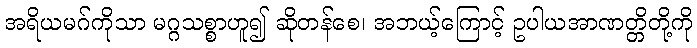
အရိယမဂ်ကိုသာ မဂ္ဂသစ္စာဟူ၍ ဆိုတန်စေ၊ အဘယ့်ကြောင့် ဥပါယအာဏတ္တိတို့ကို